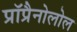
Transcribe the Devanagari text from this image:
प्रॉप्रैनोलोल